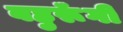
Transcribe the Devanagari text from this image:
बहुरूॅंगी